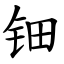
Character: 钿